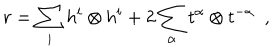
r = \sum _ { i } h ^ { i } \otimes h ^ { i } + 2 \sum _ { \alpha } t ^ { \alpha } \otimes t ^ { - \alpha } \ \ ,